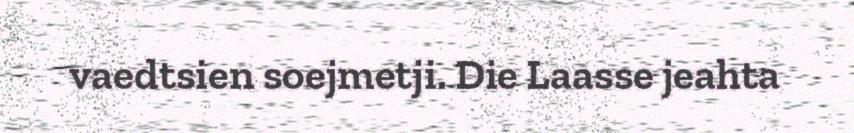
vaedtsien soejmetji. Die Laasse jeahta